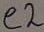
Text: e2